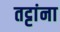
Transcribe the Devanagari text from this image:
तट्टांना